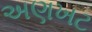
અણખટ